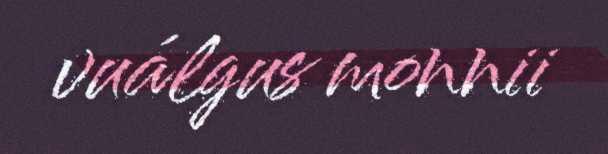
vuálgus monnii